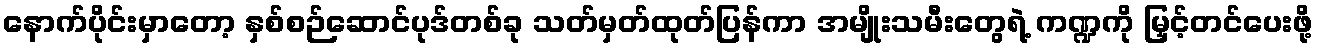
နောက်ပိုင်းမှာတော့ နှစ်စဉ်ဆောင်ပုဒ်တစ်ခု သတ်မှတ်ထုတ်ပြန်ကာ အမျိုးသမီးတွေရဲ့ ကဏ္ဍကို မြှင့်တင်ပေးဖို့